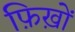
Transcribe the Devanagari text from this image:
फ़िख़ों